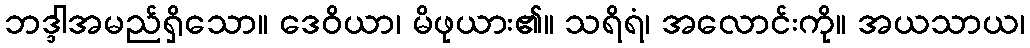
ဘဒ္ဒါအမည်ရှိသော။ ဒေဝိယာ၊ မိဖုယား၏။ သရိရံ၊ အလောင်းကို။ အယသာယ၊